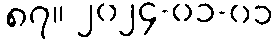
၈၇။ ၂၀၂၄-၀၁-၀၁